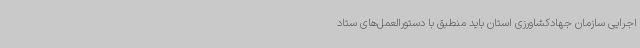
اجرایی سازمان جهادکشاورزی استان باید منطبق با دستورالعمل‌های ستاد